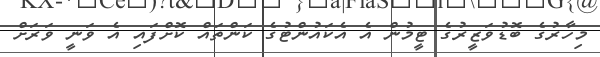
މިހާރުގެ ބޮޑުވަޒީރުގެ ޓީމުން އެ އެކައުންޓުގެ ކަންތައް ކޮށްފައި އެ ވަނީ ވަރަށް